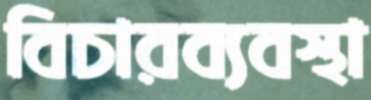
বিচারব্যবস্থা